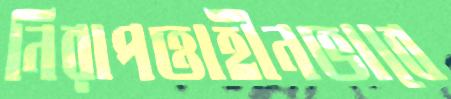
নিরাপত্তাহীনভাবে